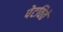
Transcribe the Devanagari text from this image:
पेटविते